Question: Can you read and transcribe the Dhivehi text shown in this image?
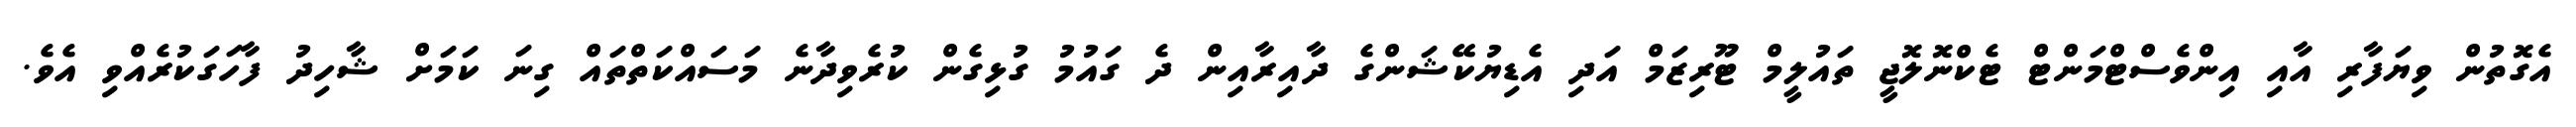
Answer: އެގޮތުން ވިޔަފާރި އާއި އިންވެސްޓްމަންޓް ޓެކްނޮލޮޖީ ތައުލީމް ޓޫރިޒަމް އަދި އެޑިޔުކޭޝަންގެ ދާއިރާއިން ދެ ގައުމު ގުޅިގެން ކުރެވިދާނެ މަސައްކަތްތައް ގިނަ ކަމަށް ޝާހިދު ފާހަގަކުރެއްވި އެވެ.